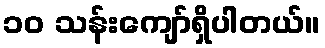
၁၀ သန်းကျော်ရှိပါတယ်။